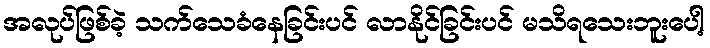
အလုပ်ဖြစ်ခဲ့ သက်သေခံနေခြင်းပင် လာနိုင်ခြင်းပင် မသိရသေးဘူးပေါ့